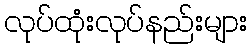
လုပ်ထုံးလုပ်နည်းများ